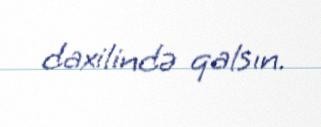
daxilində qalsın.